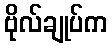
ဗိုလ်ချုပ်က